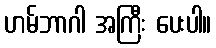
ဟမ်ဘာဂါ အကြီး ပေးပါ။